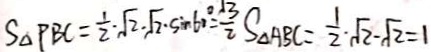
S _ { \Delta P B C } = \frac { 1 } { 2 } \cdot \sqrt { 2 } \cdot \sqrt { 2 } \cdot \sin 6 0 ^ { \circ } = \frac { 1 3 } { 2 } S _ { \Delta A B C } = \frac { 1 } { 2 } \cdot \sqrt { 2 } - \sqrt { 2 } = 1